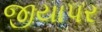
જીયાપર